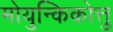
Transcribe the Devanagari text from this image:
मोयुन्किकोत्तु